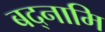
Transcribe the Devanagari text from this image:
बद्नामि